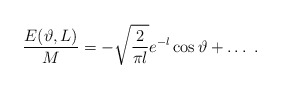
\begin{align*}\frac{E(\vartheta , L)}{M}=-\sqrt{\frac{2}{\pi l}}e^{-l}\cos \vartheta +\ldots \, \, .\end{align*}